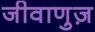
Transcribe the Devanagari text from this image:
जीवाणुज़